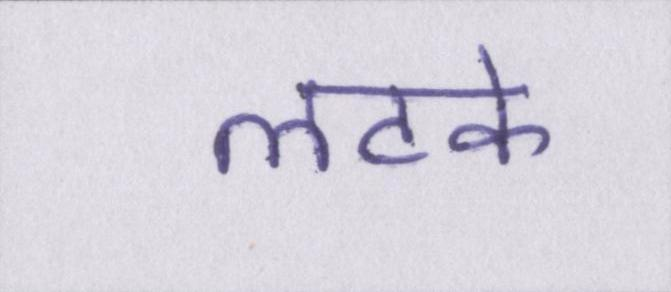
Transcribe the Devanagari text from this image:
लटके